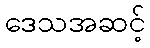
ဒေသအဆင့်